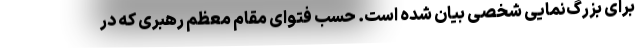
برای بزرگ‌نمایی شخصی بیان شده است. حسب فتوای مقام معظم رهبری که در